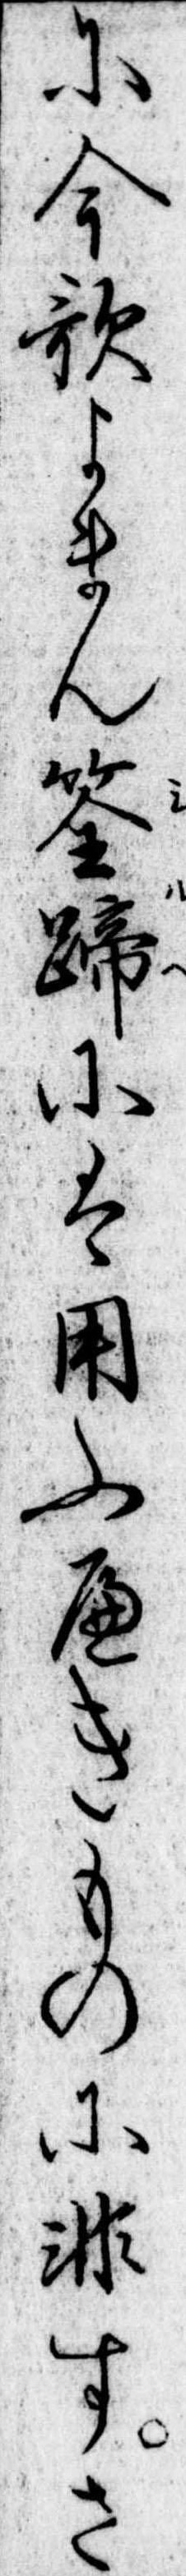
に今歌よまん筌蹄には用ふへきものに非すさ